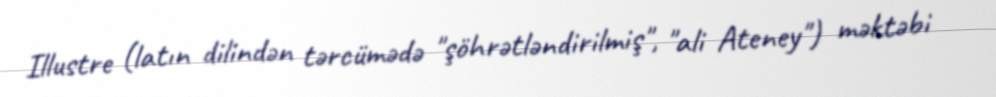
Illustre (latın dilindən tərcümədə "şöhrətləndirilmiş", "ali Ateney") məktəbi